Vaccine operations Central Provinces 1868-1885 - 1868-1885
Year: 1868
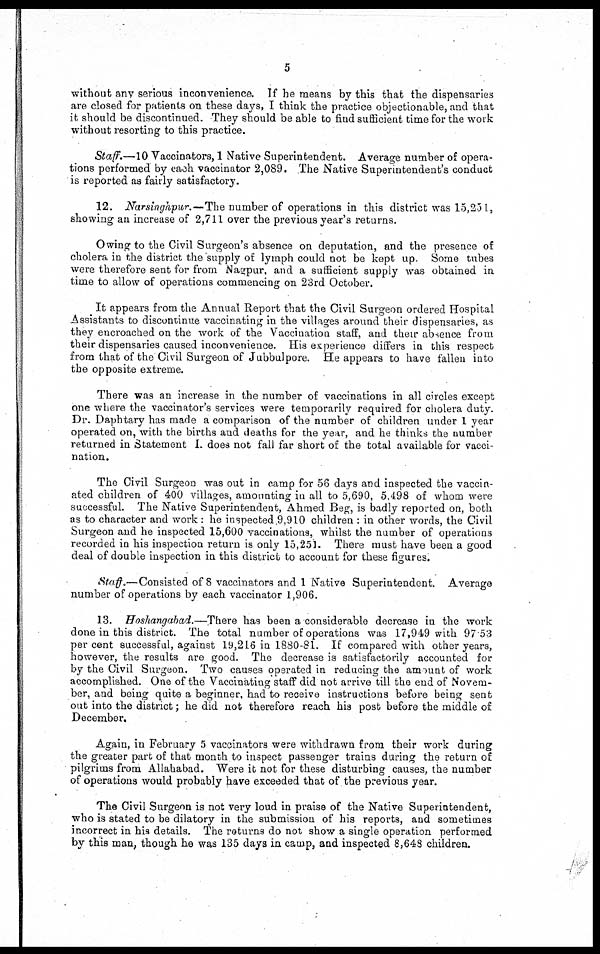
5
without any serious inconvenience. If he means by this that the dispensaries
are closed for patients on these days, I think the practice objectionable, and that
it should be discontinued. They should be able to find sufficient time for the work
without resorting to this practice.
Staff.—10 Vaccinators, 1 Native Superintendent. Average number of opera-
tions performed by each vaccinator 2,089. The Native Superintendent's conduct
is reported as fairly satisfactory.
12. Narsinghpur.—The number of operations in this district was 15,251,
showing an increase of 2,711 over the previous year's returns.
Owing to the Civil Surgeon's absence on deputation, and the presence of
cholera in the district the supply of lymph could not be kept up. Some tubes
were therefore sent for from Nagpur, and a sufficient supply was obtained in
time to allow of operations commencing on 23rd October.
It appears from the Annual Report that the Civil Surgeon ordered Hospital
Assistants to discontinue vaccinating in the villages around their dispensaries, as
they encroached on the work of the Vaccination staff, and their absence from
their dispensaries caused inconvenience. His experience differs in this respect
from that of the Civil Surgeon of Jubbulpore. He appears to have fallen into
the opposite extreme.
There was an increase in the number of vaccinations in all circles except
one where the vaccinator's services were temporarily required for cholera duty.
Dr. Daphtary has made a comparison of the number of children under 1 year
operated on, with the births and deaths for the year, and he thinks the number
returned in Statement I does not fall far short of the total available for vacci-
nation.
The Civil Surgeon was out in camp for 56 days and inspected the vaccin-
ated children of 400 villages, amounting in all to 5,690, 5,498 of whom were
successful. The Native Superintendent, Ahmed Beg, is badly reported on, both
as to character and work: he inspected 9,910 children : in other words, the Civil
Surgeon and he inspected 15,600 vaccinations, whilst the number of operations
recorded in his inspection return is only 15,251. There must have been a good
deal of double inspection in this district to account for these figures.
Staff.—Consisted of 8 vaccinators and 1 Native Superintendent. Average
number of operations by each vaccinator 1,906.
13. Hoshangabad.—There has been a considerable decrease in the work
done in this district. The total number of operations was 17,949 with 97 53
per cent successful, against 19,216 in 1880-81. If compared with other years,
however, the results are good. The decrease is satisfactorily accounted for
by the Civil Surgeon. Two causes operated in reducing the amount of work
accomplished. One of the Vaccinating staff did not arrive till the end of Novem-
ber, and being quite a beginner, had to receive instructions before being sent
out into the district; he did not therefore reach his post before the middle of
December.
Again, in February 5 vaccinators were withdrawn from their work during
the greater part of that month to inspect passenger trains during the return of
pilgrims from Allahabad. Were it not for these disturbing causes, the number
of operations would probably have exceeded that of the previous year.
The Civil Surgeon is not very loud in praise of the Native Superintendent,
who is stated to be dilatory in the submission of his reports, and sometimes
incorrect in his details. The returns do not show a single operation performed
by this man, though he was 135 days in camp, and inspected 8,648 children.